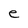
Character: e